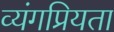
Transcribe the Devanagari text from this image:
व्यंगप्रियता